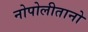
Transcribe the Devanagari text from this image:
नोपोलीतानो